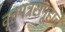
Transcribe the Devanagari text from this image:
वृत्तपत्रसमूहाचे